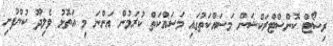
ރިސޯޓް ކޮންސްޓްރަކްޝަން މަސައްކަތުގައި މަސައްކަތް ކުރަމުން އަންނަ މި އަތޮޅު ވެލިދޫ ކުންފުނި